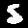
Digit: 5